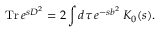
\mathrm { ~ T r } \, e ^ { s D ^ { 2 } } = 2 \int d \tau \, e ^ { - s b ^ { 2 } } \, K _ { 0 } ( s ) .